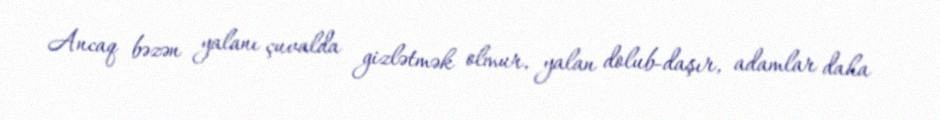
Ancaq bəzən yalanı çuvalda gizlətmək olmur, yalan dolub-daşır, adamlar daha